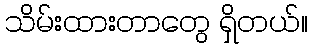
သိမ်းထားတာတွေ ရှိတယ်။